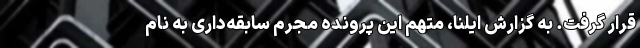
قرار گرفت. به ‌گزارش ایلنا، متهم این پرونده مجرم سابقه‌داری به نام